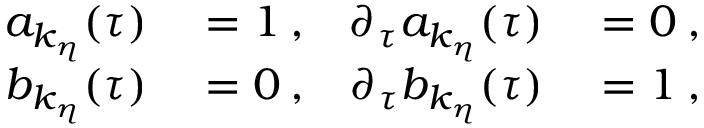
\begin{array} { r l r l } { a _ { k _ { \eta } } ( \tau ) } & { { } = 1 \: , } & { \partial _ { \tau } a _ { k _ { \eta } } ( \tau ) } & { { } = 0 \: , } \\ { b _ { k _ { \eta } } ( \tau ) } & { { } = 0 \: , } & { \partial _ { \tau } b _ { k _ { \eta } } ( \tau ) } & { { } = 1 \: , } \end{array}